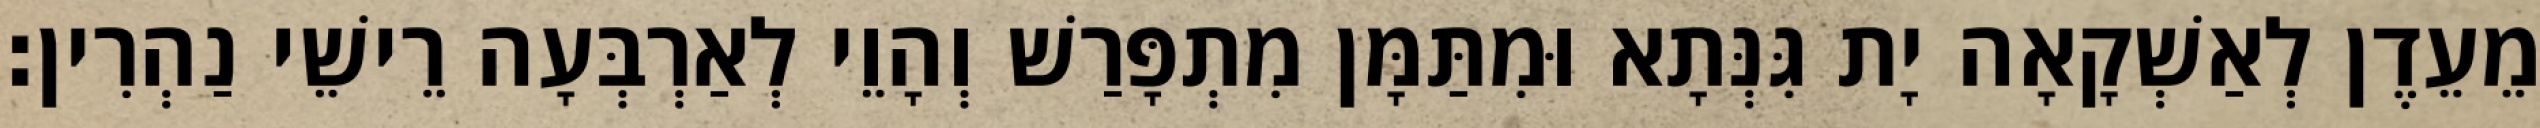
מֵעֵדֶן לְאַשְׁקָאָה יָת גִּנְּתָא וּמִתַּמָּן מִתְפָּרַשׁ וְהָוֵי לְאַרְבְּעָה רֵישֵׁי נַהְרִין׃